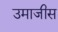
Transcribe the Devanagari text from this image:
उमाजीस